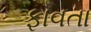
ફાવતા